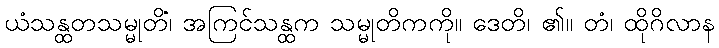
ယံသန္ထတသမ္မုတိံ၊ အကြင်သန္ထက သမ္မုတိကကို။ ဒေတိ၊ ၏။ တံ၊ ထိုဂိလာန